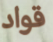
قواد